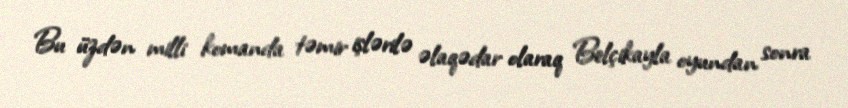
Bu üzdən milli komanda təmir işlərilə əlaqədar olaraq Belçikayla oyundan sonra